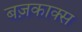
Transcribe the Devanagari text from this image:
बज़काक्स